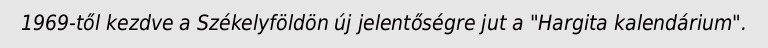
1969-től kezdve a Székelyföldön új jelentőségre jut a "Hargita kalendárium".